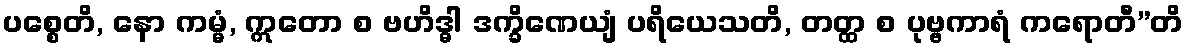
ပစ္စေတိ, နော ကမ္မံ, ဣတော စ ဗဟိဒ္ဓါ ဒက္ခိဏေယျံ ပရိယေသတိ, တတ္ထ စ ပုဗ္ဗကာရံ ကရောတီ”တိ